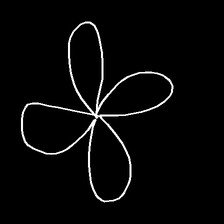
Glyph: billowing